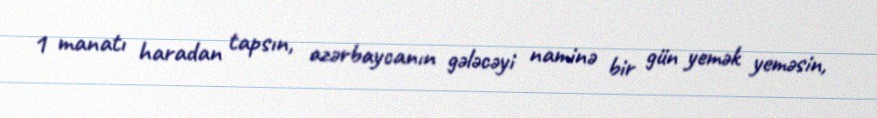
1 manatı haradan tapsın, azərbaycanın gələcəyi naminə bir gün yemək yeməsin,